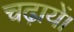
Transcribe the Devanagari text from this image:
चढ़ायें।